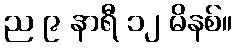
ည ၉ နာရီ ၁၂ မိနစ်။